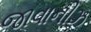
જાવાનીઝ